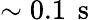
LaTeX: \sim 0.1\, \mathrm{~s~}